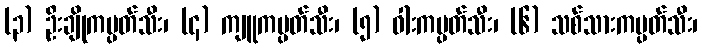
(၃) ဦးချိုကမ္ပတ်သီး၊ (၄) ကျူကမ္ပတ်သီး၊ (၅) ဝါးကမ္ပတ်သီး၊ (၆) သစ်သားကမ္ပတ်သီး၊